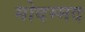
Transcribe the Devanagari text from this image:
मोदम्मद